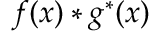
f ( x ) * g ^ { * } ( x )